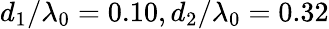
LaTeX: d_{1}/\lambda_{0}=0.10,d_{2}/\lambda_{0}=0.32